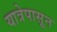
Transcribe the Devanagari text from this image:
यात्रेपासून